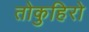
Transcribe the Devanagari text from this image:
तोकुहिरो